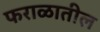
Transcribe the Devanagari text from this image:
फराळातील